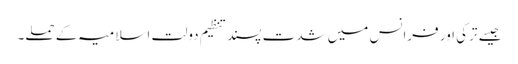
جیسے ترکی اور فرانس میں شدت پسند تنظیم دولتِ اسلامیہ کے حملے۔